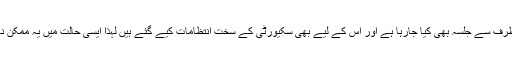
ڈاکٹر کلیم کا کہنا تھا کہ پشاور میں آج ایک مذہبی جماعت کی طرف سے جلسہ بھی کیا جارہا ہے اور اس کے لیے بھی سکیورٹی کے سخت انتظامات کیے گئے ہیں لہذا ایسی حالت میں یہ ممکن نہیں تھا کہ پولیو کے کارکنوں کو بھی سکیورٹی فراہم کی جائے۔